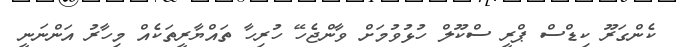
ކެންގަރޫ ކިޑްސް ޕްރީ ސްކޫލް ހުޅުވުމަށް ވާންޖެހޭ ހުރިހާ ތައްޔާރީތަކެއް މިހާރު އަންނަނީ